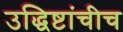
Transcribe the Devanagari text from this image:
उद्धिष्टांचीच